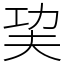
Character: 巭